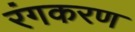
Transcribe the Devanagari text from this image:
रंगकरण